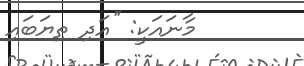
މާނައަކީ: ''އަދި ތިޔަބައި